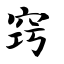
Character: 窍